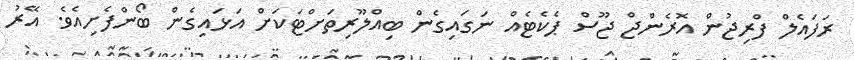
ރަފައެލް ފްރިޖުން އޮރެންޖް ޖޫސް ޕެކެޓެއް ނަގައިގެން ބިއްލޫރިތަށްޓަކަށް އަޅައިގެން ބޯންފެށިއެވެ. އޭރު